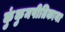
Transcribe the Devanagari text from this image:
कुंकुमपीतिकाया